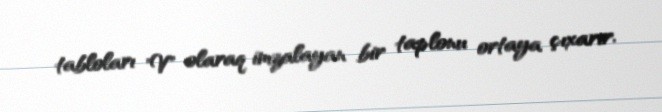
tabloları "V" olaraq imzalayan bir taplonu ortaya çıxarır.